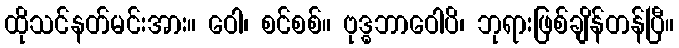
ထိုသင်နတ်မင်းအား။ ဝေါ၊ စင်စစ်။ ဗုဒ္ဓဘာဝေါပိ၊ ဘုရားဖြစ်ချိန်တန်ပြီ။